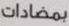
بمضادات